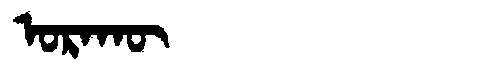
Manchu: ᠣᡵᠠᡴᡡ
Romanization: ORAKŪ